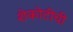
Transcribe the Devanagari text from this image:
शेकोटीची